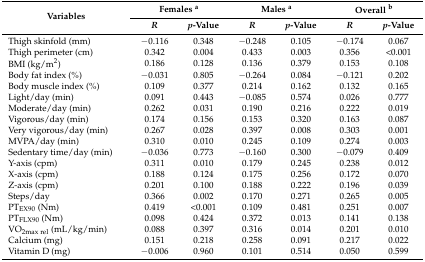
<table><thead><tr><td rowspan="2"><b>Variables </b></td><td colspan="2"><b>Females <sup>a</sup></b></td><td colspan="2"><b>Males <sup>a</sup></b></td><td colspan="2"><b>Overall <sup>b</sup></b></td></tr><tr><td><b><i>R</i></b></td><td><b><i>p</i>-Value</b></td><td><b><i>R</i></b></td><td><b><i>p</i>-Value</b></td><td><b><i>R</i></b></td><td><b><i>p</i>-Value</b></td></tr></thead><tbody><tr><td>Thigh skinfold (mm)</td><td>−0.116</td><td>0.348</td><td>−0.248</td><td>0.105</td><td>−0.174</td><td>0.067</td></tr><tr><td>Thigh perimeter (cm)</td><td>0.342</td><td>0.004</td><td>0.433</td><td>0.003</td><td>0.356</td><td>&lt;0.001</td></tr><tr><td>BMI (kg/m<sup>2</sup>)</td><td>0.186</td><td>0.128</td><td>0.136</td><td>0.379</td><td>0.153</td><td>0.108</td></tr><tr><td>Body fat index (%)</td><td>−0.031</td><td>0.805</td><td>−0.264</td><td>0.084</td><td>−0.121</td><td>0.202</td></tr><tr><td>Body muscle index (%)</td><td>0.109</td><td>0.377</td><td>0.214</td><td>0.162</td><td>0.132</td><td>0.165</td></tr><tr><td>Light/day (min)</td><td>0.091</td><td>0.443</td><td>−0.085</td><td>0.574</td><td>0.026</td><td>0.777</td></tr><tr><td>Moderate/day (min)</td><td>0.262</td><td>0.031</td><td>0.190</td><td>0.216</td><td>0.222</td><td>0.019</td></tr><tr><td>Vigorous/day (min)</td><td>0.174</td><td>0.156</td><td>0.153</td><td>0.320</td><td>0.163</td><td>0.087</td></tr><tr><td>Very vigorous/day (min)</td><td>0.267</td><td>0.028</td><td>0.397</td><td>0.008</td><td>0.303</td><td>0.001</td></tr><tr><td>MVPA/day (min)</td><td>0.310</td><td>0.010</td><td>0.245</td><td>0.109</td><td>0.274</td><td>0.003</td></tr><tr><td>Sedentary time/day (min)</td><td>−0.036</td><td>0.773</td><td>−0.160</td><td>0.300</td><td>−0.079</td><td>0.409</td></tr><tr><td>Y-axis (cpm)</td><td>0.311</td><td>0.010</td><td>0.179</td><td>0.245</td><td>0.238</td><td>0.012</td></tr><tr><td>X-axis (cpm)</td><td>0.188</td><td>0.124</td><td>0.175</td><td>0.256</td><td>0.172</td><td>0.070</td></tr><tr><td>Z-axis (cpm)</td><td>0.201</td><td>0.100</td><td>0.188</td><td>0.222</td><td>0.196</td><td>0.039</td></tr><tr><td>Steps/day</td><td>0.366</td><td>0.002</td><td>0.170</td><td>0.271</td><td>0.265</td><td>0.005</td></tr><tr><td>PT<sub>EX90</sub> (Nm)</td><td>0.419</td><td>&lt;0.001</td><td>0.109</td><td>0.481</td><td>0.251</td><td>0.007</td></tr><tr><td>PT<sub>FLX90</sub> (Nm)</td><td>0.098</td><td>0.424</td><td>0.372</td><td>0.013</td><td>0.141</td><td>0.138</td></tr><tr><td>VO<sub>2max rel</sub> (mL/kg/min)</td><td>0.088</td><td>0.397</td><td>0.316</td><td>0.014</td><td>0.201</td><td>0.010</td></tr><tr><td>Calcium (mg)</td><td>0.151</td><td>0.218</td><td>0.258</td><td>0.091</td><td>0.217</td><td>0.022</td></tr><tr><td>Vitamin D (mg)</td><td>−0.006</td><td>0.960</td><td>0.101</td><td>0.514</td><td>0.050</td><td>0.599</td></tr></tbody></table>